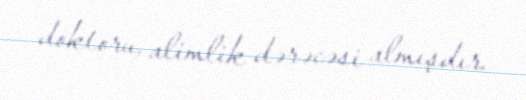
doktoru, alimlik dərəcəsi almışdır.